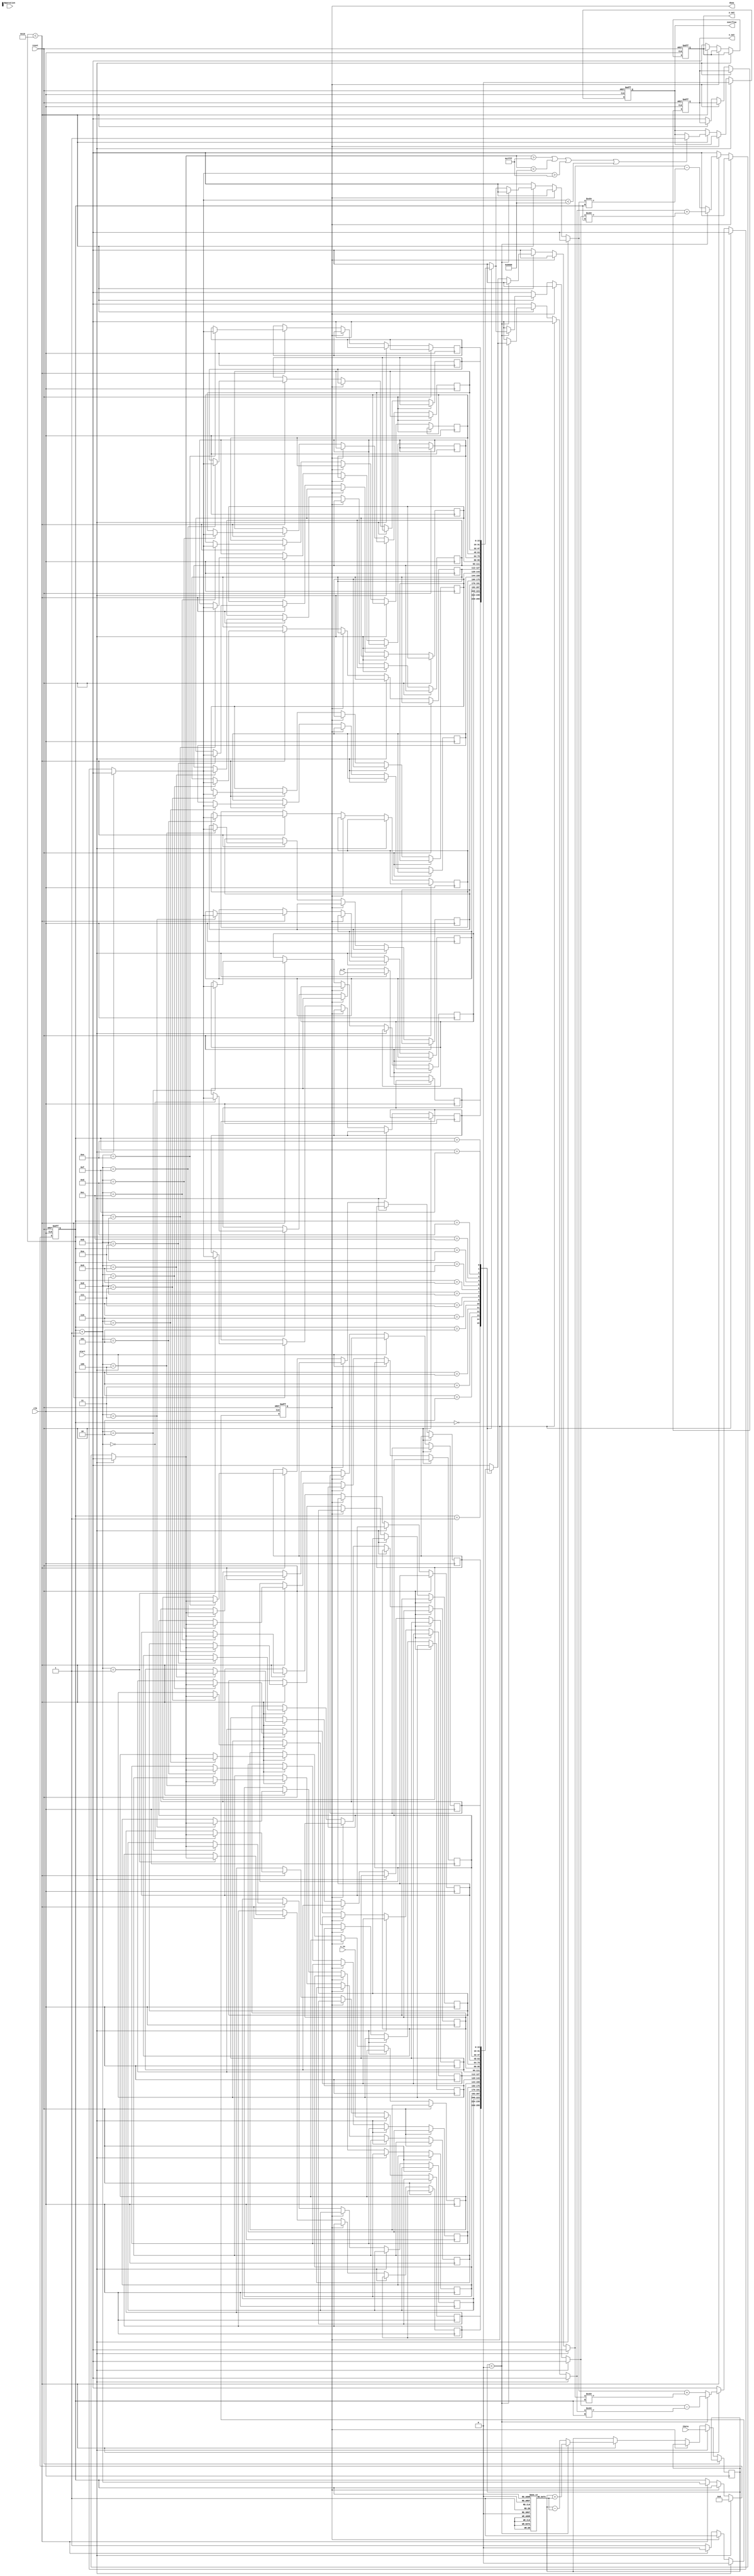
module cordic (
    input clk,
    input reset,
    input start,
    input [15:0] x_in,       // Fixed-point input for x coordinate
    input [15:0] y_in,       // Fixed-point input for y coordinate
    input [15:0] theta,      // Rotation angle in fixed-point
    input [1:0] operation,   // 00: rotation, 01: vectoring
    output reg [15:0] x_out,  // Resulting x coordinate
    output reg [15:0] y_out,  // Resulting y coordinate
    output reg done,         // Operation complete signal
    output reg overflow      // Overflow flag
);

    // Parameters
    parameter ITERATIONS = 16; // Number of iterations for CORDIC
    reg signed [15:0] x[0:ITERATIONS-1];
    reg signed [15:0] y[0:ITERATIONS-1];
    reg [15:0] atan_table [0:ITERATIONS-1]; // Lookup table for atan values
    reg [3:0] i; // Iteration index
    reg signed [15:0] angle; // Current angle
    reg signed [15:0] temp_x, temp_y; // Temporary variables for calculations

    initial begin
        // Initialize atan_table with precomputed values
        atan_table[0] = 16'hFFFF; // atan(2^-0)
        atan_table[1] = 16'hB1E0; // atan(2^-1)
        atan_table[2] = 16'hA2C3; // atan(2^-2)
        // Fill other values as needed...
    end

    // CORDIC algorithm state machine
    always @(posedge clk or posedge reset) begin
        if (reset) begin
            x_out <= 16'd0;
            y_out <= 16'd0;
            done <= 1'b0;
            overflow <= 1'b0;
            i <= 0;
        end else if (start) begin
            // Initialize inputs
            x[0] <= x_in;
            y[0] <= y_in;
            angle <= theta;
            done <= 1'b0;
            overflow <= 1'b0;
            i <= 0;
        end else if (!done) begin
            if (i < ITERATIONS) begin
                // CORDIC rotation operations
                if (angle < 0) begin
                    temp_x = x[i] + (y[i] >>> i);
                    temp_y = y[i] - (x[i] >>> i);
                    angle = angle + atan_table[i];
                end else begin
                    temp_x = x[i] - (y[i] >>> i);
                    temp_y = y[i] + (x[i] >>> i);
                    angle = angle - atan_table[i];
                end

                // Check for overflow condition
                if (temp_x > 16'h7FFF || temp_x < -16'h8000 || temp_y > 16'h7FFF || temp_y < -16'h8000) begin
                    overflow <= 1'b1;
                end

                x[i+1] <= temp_x;
                y[i+1] <= temp_y;
                i <= i + 1;
            end else begin
                // Final output assignment and completion signal
                x_out <= x[ITERATIONS];
                y_out <= y[ITERATIONS];
                done <= 1'b1;
            end
        end
    end

endmodule